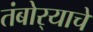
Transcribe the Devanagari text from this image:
तंबोर्‍याचे